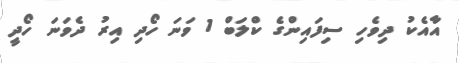
އާއެކު ދިވެހި ސިފައިންގެ ކްލަބް 1 ވަނަ ހޯދި އިރު ދެވަނަ ހޯދީ